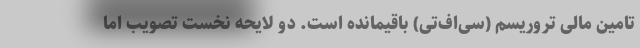
تامین مالی تروریسم (سی‌اف‌تی) باقیمانده است. دو لایحه نخست تصویب اما